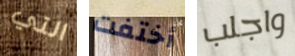
التي أختفت واجلب